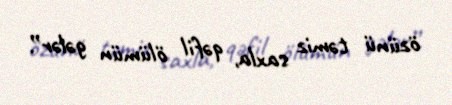
özünü təmiz saxla, qəfil ölümün gələr”.